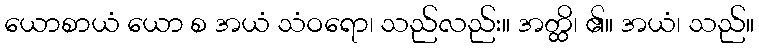
ယောစာယံ ယော စ အယံ သံဝရော၊ သည်လည်း။ အတ္ထိ၊ ၏။ အယံ၊ သည်။